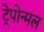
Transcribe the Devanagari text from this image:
ट्रेपोन्मल